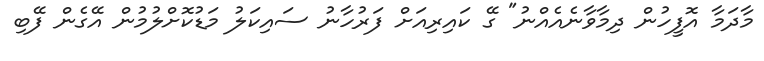
މާދަމާ އޮފީހުން ދިމާވާނެއެއްނު" ގޭ ކައިރިއަށް ފަރުހާނު ސައިކަލު މަޑުކޮށްލުމުން އޭގެން ފޭބި